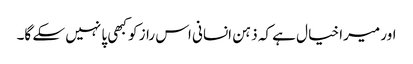
اور میرا خیا ل ہے کہ ذہن انسانی اس راز کو کبھی پا نہیں سکے گا۔